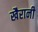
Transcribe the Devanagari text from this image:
खैरानी